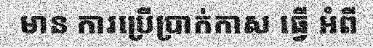
មាន ការប្រើប្រាក់កាស ធ្វើ អំពី